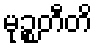
မုဉ္စတီတိ